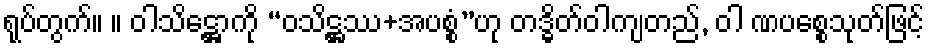
ရုပ်တွက်။ ။ ဝါသိဋ္ဌောကို “ဝသိဋ္ဌဿ+အပစ္စံ”ဟု တဒ္ဓိတ်ဝါကျတည်, ဝါ ဏပစ္စေသုတ်ဖြင့်